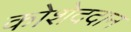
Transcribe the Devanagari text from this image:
कोशेददान